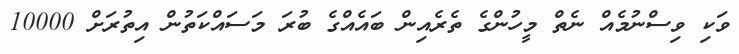
ވަކި ވިސްނުމެއް ނެތް މީހުންގެ ތެރެއިން ބައެއްގެ ބުރަ މަސައްކަތުން އިތުރަށް 10000